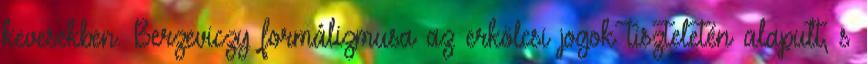
kevesekben. Berzeviczy formálizmusa az erkölcsi jogok tiszteletén alapult, s